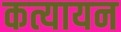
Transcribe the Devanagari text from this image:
कत्यायन